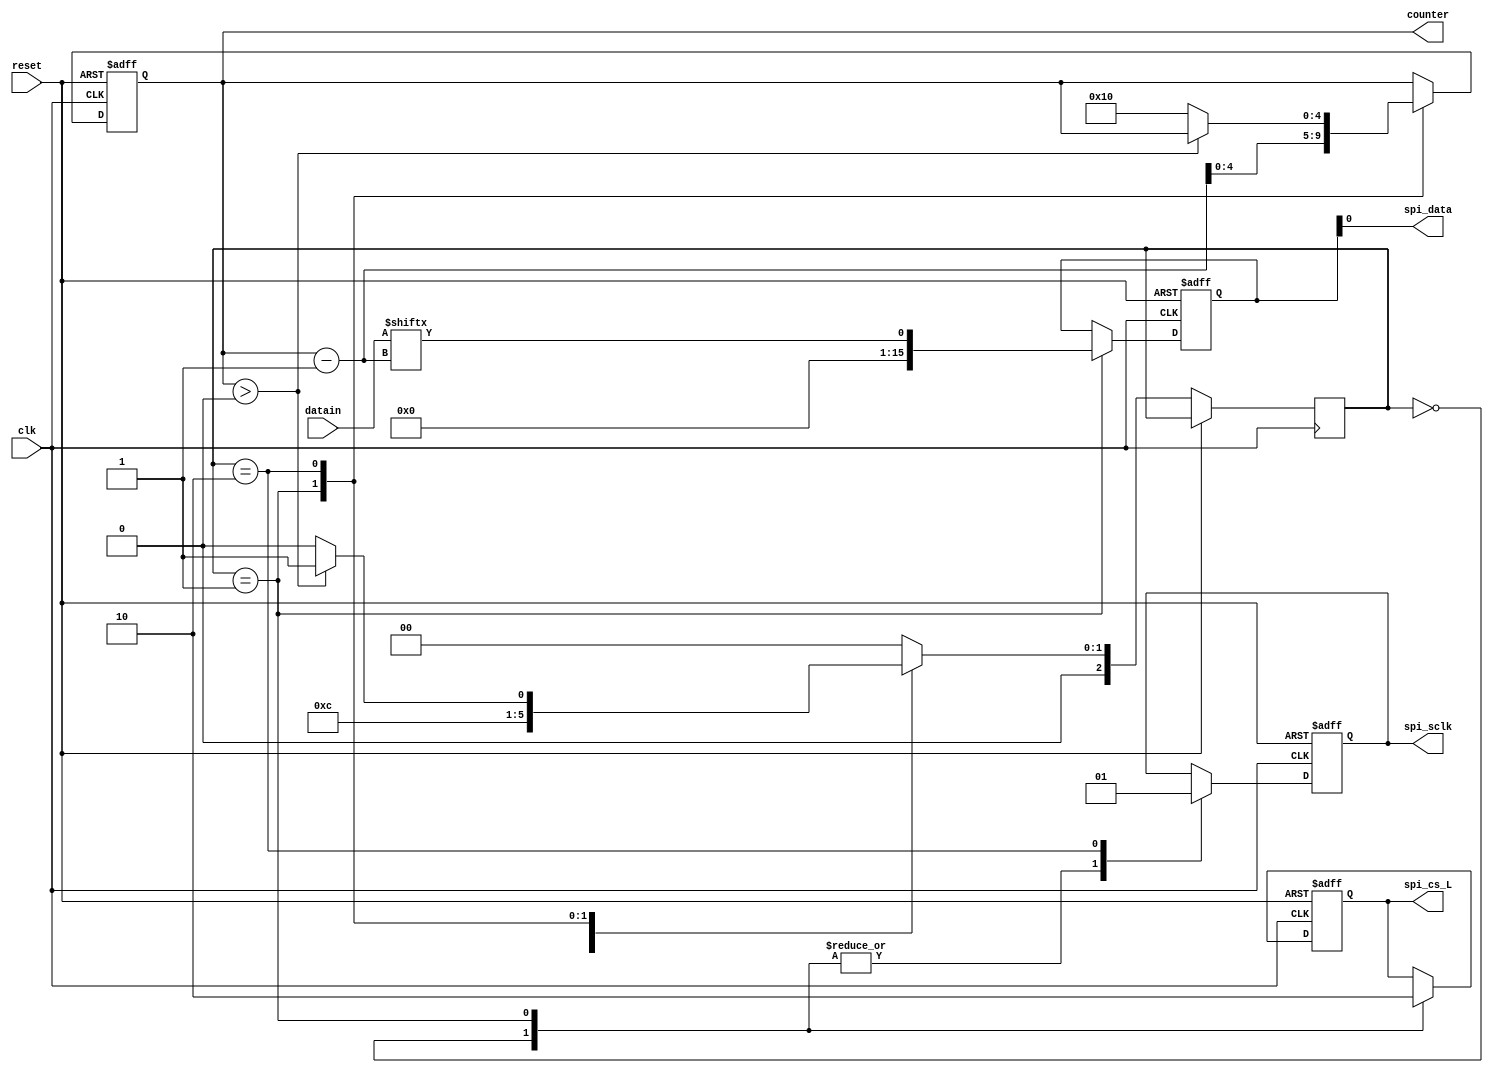
module spi_state(
input wire clk,  //System clock
input wire reset, //Asynchronous system reset
input wire [15:0] datain,  //Binary input vector
output wire spi_cs_L, //SPI Active-Low chip select
output wire spi_sclk, //SPI bus clock
output wire spi_data, //SPI bus data
output [4:0]counter
);
//reg dclk
reg [15:0] MOSI;
reg [4:0] count;
reg cs_L;
reg sclk;
reg [2:0] state;

always @(posedge clk or posedge reset)
if (reset)
begin 
MOSI <= 16'b0;
count <= 5'd16;
cs_L <= 1'b1;
sclk <= 1'b0;
end

else begin
case (state)
0:begin
sclk <= 1'b0;
cs_L <= 1'b1;
state <= 1;
end

1:begin
sclk <= 1'b0;
cs_L <= 1'b0;
MOSI <= datain[count-1];
count <= count-1;
state <= 2;
end

2:begin
sclk <= 1'b1;
if(count>0)
state <= 1;
else begin
count <= 16;
state <= 0;
end
end

default:state<=0;

endcase
end
assign spi_cs_L = cs_L;
assign spi_sclk = sclk;
assign spi_data = MOSI;
assign counter = count;
endmodule